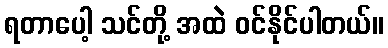
ရတာပေါ့ သင်တို့ အထဲ ဝင်နိုင်ပါတယ်။